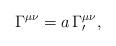
LaTeX: \begin{align*}\Gamma ^{\mu \nu }=a\,\Gamma _{\prime }^{\mu \nu },\end{align*}